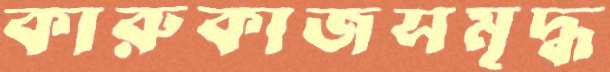
কারুকাজসমৃদ্ধ